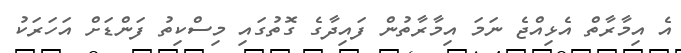
އެ އިމާރާތް އެޅިއްޖެ ނަމަ އިމާރާތުން ފައިދާގެ ގޮތުގައި މިސްކިތު ފަންޑަށް އަހަރަކު